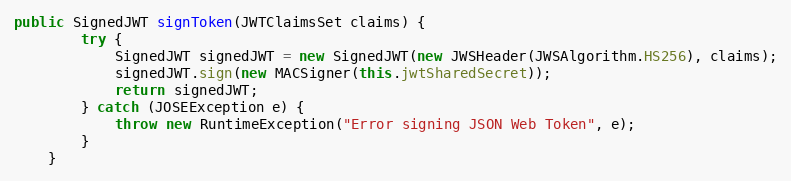
Language: Java
public SignedJWT signToken(JWTClaimsSet claims) {
        try {
            SignedJWT signedJWT = new SignedJWT(new JWSHeader(JWSAlgorithm.HS256), claims);
            signedJWT.sign(new MACSigner(this.jwtSharedSecret));
            return signedJWT;
        } catch (JOSEException e) {
            throw new RuntimeException("Error signing JSON Web Token", e);
        }
    }